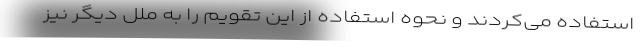
استفاده می‌کردند و نحوهٔ استفاده از این تقویم را به ملل دیگر نیز